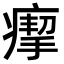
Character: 𤸪